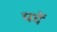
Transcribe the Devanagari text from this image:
पदें